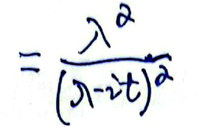
\[=\frac{\lambda^{2}}{(\lambda - 2t)^{2}}\]